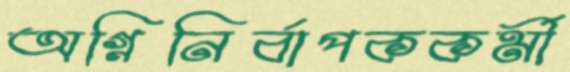
অগ্নিনির্বাপককর্মী